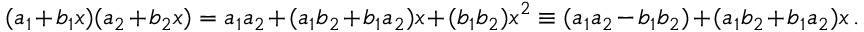
( a _ { 1 } + b _ { 1 } x ) ( a _ { 2 } + b _ { 2 } x ) = a _ { 1 } a _ { 2 } + ( a _ { 1 } b _ { 2 } + b _ { 1 } a _ { 2 } ) x + ( b _ { 1 } b _ { 2 } ) x ^ { 2 } \equiv ( a _ { 1 } a _ { 2 } - b _ { 1 } b _ { 2 } ) + ( a _ { 1 } b _ { 2 } + b _ { 1 } a _ { 2 } ) x \, .